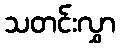
သတင်းလွှာ